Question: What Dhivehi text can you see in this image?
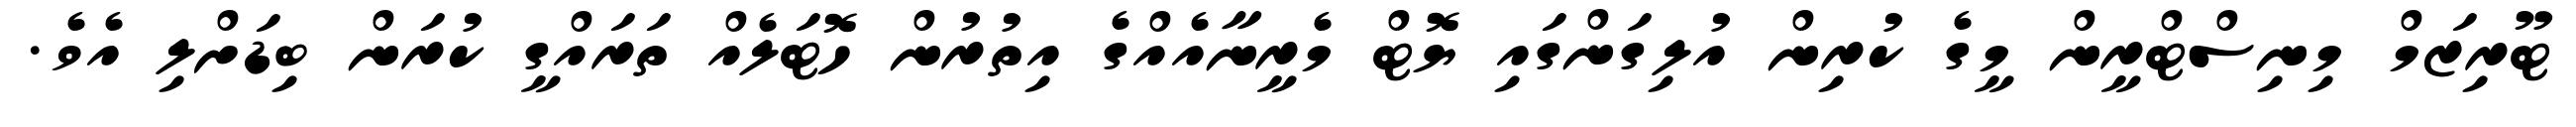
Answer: ޓޫރިޒަމް މިނިސްޓްރީން މީގެ ކުރިން އުލިގަންގައި ޔޮޓް މެރީނާއެއްގެ އިތުރުން ހޮޓަލެއް ތަރައްގީ ކުރަން ބިޑަށްލި އެވެ.